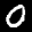
Label: 0